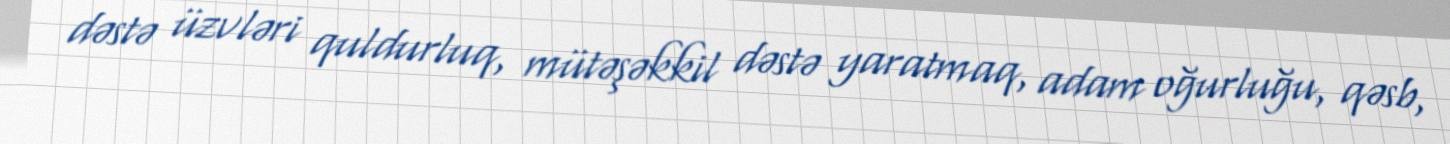
dəstə üzvləri quldurluq, mütəşəkkil dəstə yaratmaq, adam oğurluğu, qəsb,